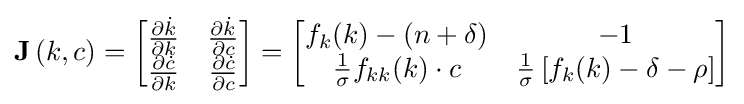
\mathbf {J} \left(k,c\right)={\begin{bmatrix}{\frac {\partial {\dot {k}}}{\partial k}}&{\frac {\partial {\dot {k}}}{\partial c}}\\{\frac {\partial {\dot {c}}}{\partial k}}&{\frac {\partial {\dot {c}}}{\partial c}}\end{bmatrix}}={\begin{bmatrix}f_{k}(k)-(n+\delta )&-1\\{\frac {1}{\sigma }}f_{kk}(k)\cdot c&{\frac {1}{\sigma }}\left[f_{k}(k)-\delta -\rho \right]\end{bmatrix}}